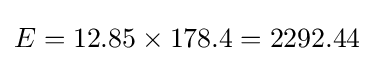
E=12.85\times 178.4=2292.44